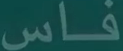
فاس